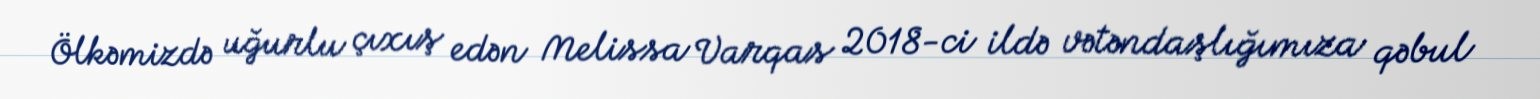
Ölkəmizdə uğurlu çıxış edən Melissa Varqas 2018-ci ildə vətəndaşlığımıza qəbul